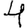
Digit: 4